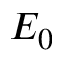
E _ { 0 }